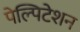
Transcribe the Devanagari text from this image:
पेल्पिटेशन